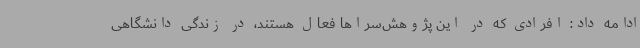
ادامه داد: افرادی که در این پژوهش‌سراها فعال هستند، در زندگی دانشگاهی